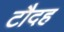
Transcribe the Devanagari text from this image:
टौदह